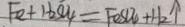
F e + H _ { 2 } S O _ { 4 } = F e S O _ { 4 } + H _ { 2 } \uparrow